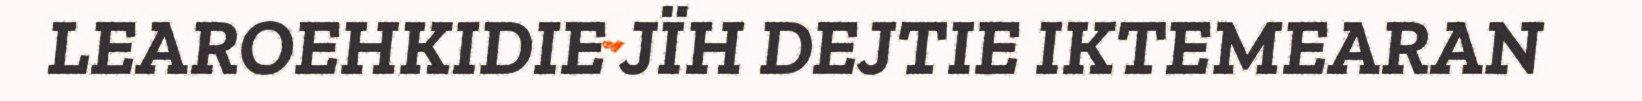
LEAROEHKIDIE JÏH DEJTIE IKTEMEARAN